system: You are a helpful assistant.
user:
Analyze the provided spectrum to determine if it is a **White Dwarf (WD)**.

A White Dwarf spectrum is defined by its **extreme purity** (due to gravitational settling) and/or **extreme pressure broadening** (due to high surface gravity). You must check for one of the following mutually exclusive signatures:

- **Key Visual Indicators (Check for ONE of these types):**

    - **1. DA-Type Signature (Most Common):**
        - **(Primary Feature):** Extreme pressure broadening (Stark broadening) of the **Hydrogen (H) Balmer lines**.
        - **(Key Lines):** $H\beta$ (approx. $4861$ Å) and $H\gamma$ (approx. $4340$ Å). $H\alpha$ (approx. $6563$ Å) will also be present if the wavelength range covers it.
        - **(Line Profile):** This is the **defining feature**. The lines are **NOT** sharp. They appear as massive, **extremely broad and deep "troughs" or "dips"** in the spectrum, often hundreds of Ångströms wide. The continuum will appear to "scoop" down at these wavelengths.
        - **(Distinction):** Normal A-type or B-type stars have *narrow* and *sharp* Hydrogen lines. A DA White Dwarf's lines are unmistakably "smeared" or "blurry" from pressure.

    - **2. DB-Type Signature:**
        - **(Primary Feature):** Broad absorption lines from **Neutral Helium (He I)**. The spectrum must lack any visible Hydrogen lines.
        - **(Key Lines):** Look for broad absorption near $4471$ Å, $4921$ Å, and $5876$ Å.
        - **(Line Profile):** These lines are also significantly pressure-broadened, appearing much wider than they would in a normal B-type main-sequence star.

    - **3. DC-Type Signature:**
        - **(Primary Feature):** A **featureless continuous spectrum**.
        - **(Line Profile):** The spectrum is a smooth curve with **no significant absorption or emission lines**.
        - **(Key Confirmation):** The continuum is almost always **blue or white**, indicating a hot object. This signature implies the atmosphere is so pure (or so cool) that no spectral lines are visible in the optical range. Its WD identity is confirmed by its extremely low intrinsic brightness (high absolute magnitude).

    - **4. DZ-Type Signature (Metal-Polluted):**
        - **(Primary Feature):** **Isolated, narrow metal absorption lines** on an otherwise featureless (DC-like) continuum.
        - **(Key Lines):** The **Calcium (Ca II) H & K doublet** (approx. **$3934$ Å** and **$3968$ Å**) is the most common and defining feature.
        - **(Line Profile):** These lines are "out of place." They are *not* part of a "forest" of thousands of lines. This signature is evidence of recent *accretion* (pollution) from rocky debris.
        - **(Distinction):** Normal G/K/M stars have a *dense forest* of thousands of metal lines. A DZ has a *clean* continuum with *only a few* strong metal lines.

    - **5. DQ-Type Signature (Carbon-Polluted):**
        - **(Primary Feature):** Absorption bands from **Carbon (C₂ "Swan Bands" or atomic C I)**.
        - **(Key Lines - C₂):** Look for bandheads with a "saw-tooth" shape near $5635$ Å, **$5165$ Å** (strongest), and $4737$ Å.
        - **(Key Confirmation):** The underlying **continuum must be blue or white** (hot).
        - **(Distinction):** This is the critical difference from a **Carbon Star**, which has the *exact same* C₂ bands but on an extremely **red, cool** continuum.

- **(Overall Spectrum):**
    - The continuum (overall shape) is typically **blue-sloping** (brighter in the blue than the red), as most white dwarfs are very hot.
    - The spectrum will look "pure" or "simple," dominated by only *one* of the five signatures listed above.

Think first, call **spectral_visualization_tool** if needed to examine features in detail, then provide your final answer. Your response must adhere to the following strict rules:
1.  **Overall Structure:** Your response must follow the format `<think>...</think> <tool_call>...</tool_call> (if a tool is used) <answer>...</answer>`.
2.  **Tool Usage Constraint:** You may only make **one** tool call per turn.
3.  **Final Answer Format:** In the `<answer>` tag, your conclusion must be inside a `\boxed{}` command (e.g., `\boxed{YES}` or `\boxed{NO}`), followed by your justification.

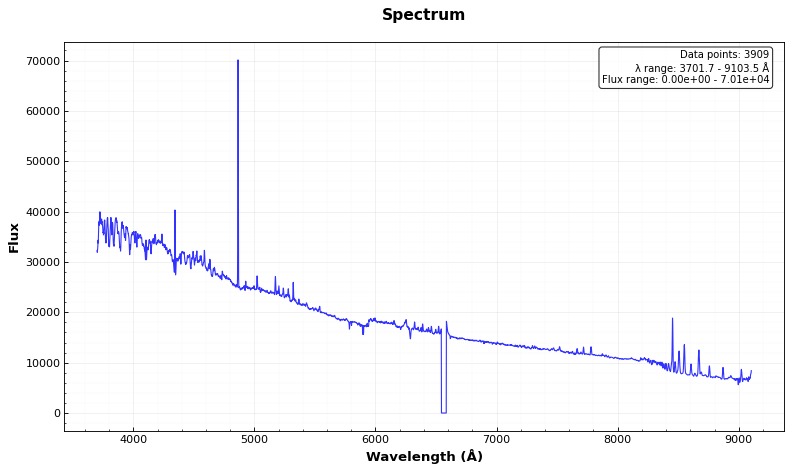
Answer: YES